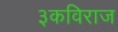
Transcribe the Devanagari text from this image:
३कविराज